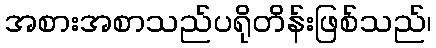
အစားအစာသည်ပရိုတိန်းဖြစ်သည်၊